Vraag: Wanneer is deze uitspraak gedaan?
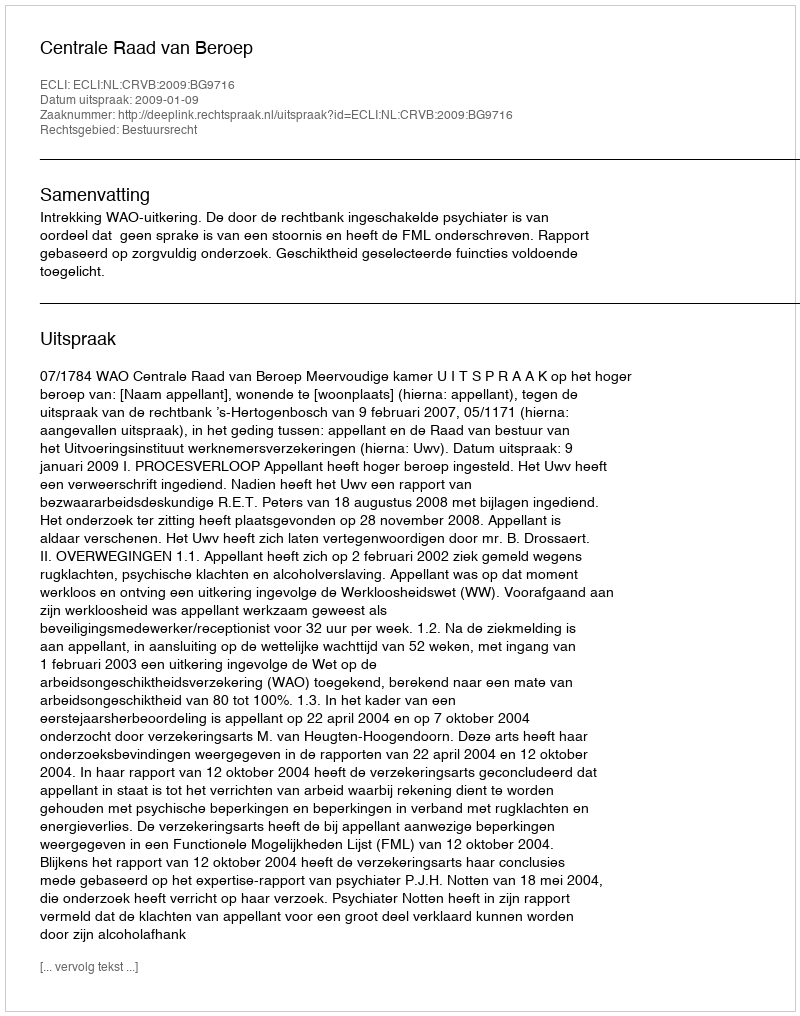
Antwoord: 2009-01-09